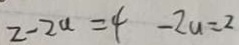
2 - 2 a = 4 - 2 a = 2